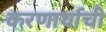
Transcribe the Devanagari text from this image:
करणार्याची